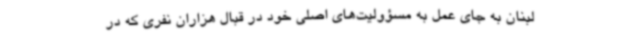
لبنان به جای عمل به مسؤولیت‌های اصلی خود در قبال هزاران نفری که در